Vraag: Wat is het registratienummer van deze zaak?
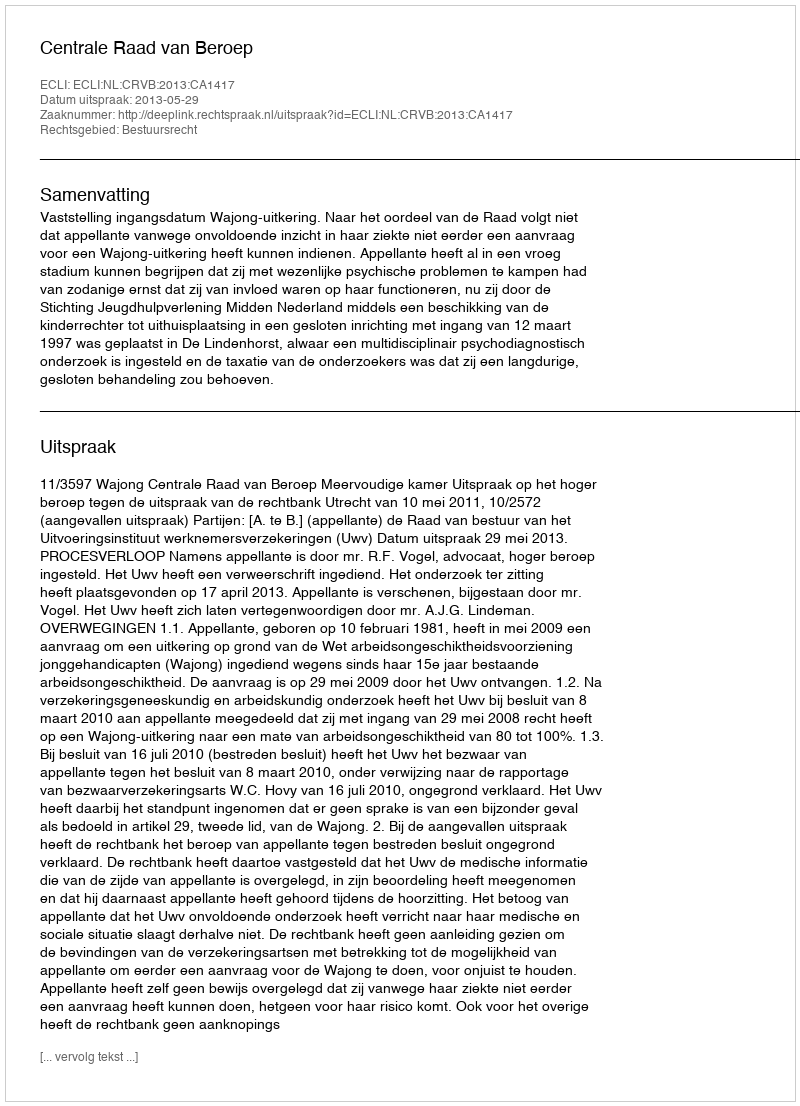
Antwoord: http://deeplink.rechtspraak.nl/uitspraak?id=ECLI:NL:CRVB:2013:CA1417